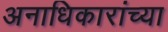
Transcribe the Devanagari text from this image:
अनाधिकारांच्या